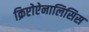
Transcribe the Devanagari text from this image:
क्रिप्टोऐनालिसिस